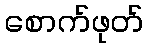
စောက်ဖုတ်